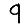
Digit: 9